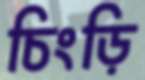
চিংড়ি